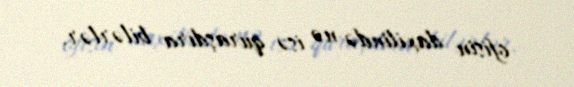
ofisin daxilində nə isə quraşdıra bilərlər.